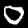
Digit: 0